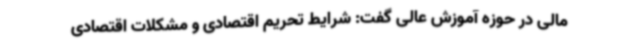
مالی در حوزه آموزش عالی گفت: شرایط تحریم اقتصادی و مشکلات اقتصادی